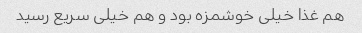
هم غذا خیلی خوشمزه بود و هم خیلی سریع رسید